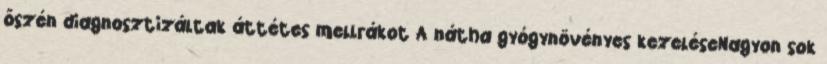
őszén diagnosztizáltak áttétes mellrákot A nátha gyógynövényes kezeléseNagyon sok